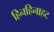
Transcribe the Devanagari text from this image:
हिनहिनाहट